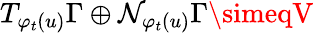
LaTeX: T_{\varphi_{t}(u)}\Gamma\oplus\mathcal{N}_{\varphi_{t}(u)}\Gamma\simeqV